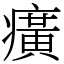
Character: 癀